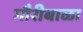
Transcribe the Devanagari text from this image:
गौरीबाळा